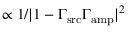
\propto 1 / | 1 - \Gamma _ { \mathrm { s r c } } \Gamma _ { \mathrm { a m p } } | ^ { 2 }